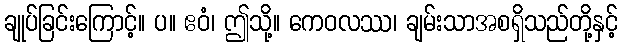
ချုပ်ခြင်းကြောင့်။ ပ။ ဧဝံ၊ ဤသို့။ ကေဝလဿ၊ ချမ်းသာအစရှိသည်တို့နှင့်